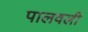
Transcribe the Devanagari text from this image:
पालवली